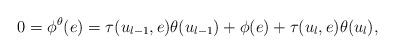
LaTeX: \begin{align*}0 = \phi^\theta(e) = \tau(u_{l-1},e)\theta(u_{l-1}) + \phi(e) + \tau(u_l,e)\theta(u_l), \end{align*}